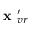
\textbf { x } _ { v r } ^ { \prime }